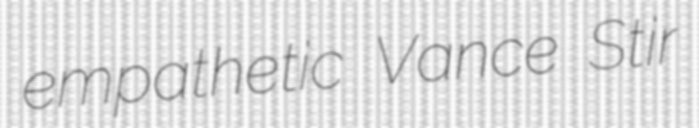
empathetic Vance Stir